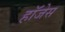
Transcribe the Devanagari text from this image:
हॉजेस